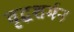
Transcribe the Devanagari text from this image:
वृद्धशर्मन